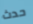
حدث